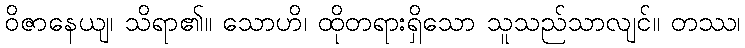
ဝိဇာနေယျ၊ သိရာ၏။ သောဟိ၊ ထိုတရားရှိသော သူသည်သာလျင်။ တဿ၊